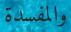
والمفسدة